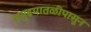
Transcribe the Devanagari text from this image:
समुद्रपातळीपासून